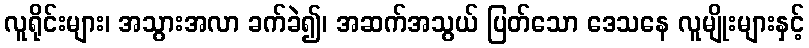
လူရိုင်းများ၊ အသွားအလာ ခက်ခဲ၍၊ အဆက်အသွယ် ပြတ်သော ဒေသနေ လူမျိုးများနှင့်